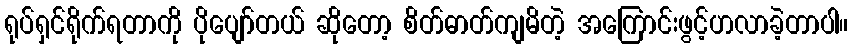
ရုပ်ရှင်ရိုက်ရတာကို ပိုပျော်တယ် ဆိုတော့ စိတ်ဓာတ်ကျမိတဲ့ အကြောင်းဖွင့်ဟလာခဲ့တာပါ။